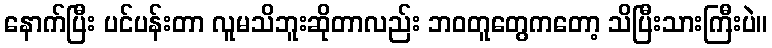
နောက်ပြီး ပင်ပန်းတာ လူမသိဘူးဆိုတာလည်း ဘဝတူတွေကတော့ သိပြီးသားကြီးပဲ။